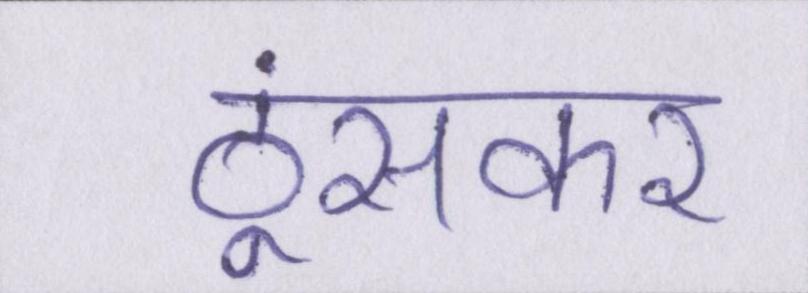
ठूंसकर